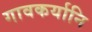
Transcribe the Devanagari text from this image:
गावकर्यानि